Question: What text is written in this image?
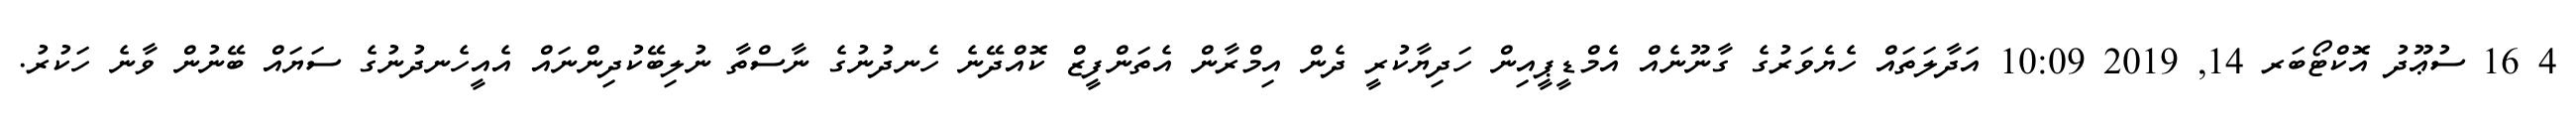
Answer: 4 16 ސުޢޫދު އޮކްޓޯބަރ 14, 2019 10:09 އަދާލަތައް ހެޔެވަރުގެ ގާނޫނެއް އެމްޑީޕީއިން ހަދިޔާކުރީ ދެން އިމްރާން އެތަންފީޒް ކޮއްދޭނެ ހެނދުނުގެ ނާސްތާ ނުލިބޭކުދިންނައް އެއީހެނދުނުގެ ސަޔައް ބޭނުން ވާނެ ހަކުރު.